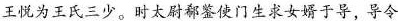
王悦为王氏三少。时大尉郗鉴使门生求女婿于导，导令